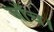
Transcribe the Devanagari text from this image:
जाँच।